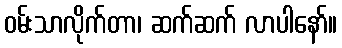
ဝမ်းသာလိုက်တာ၊ ဆက်ဆက် လာပါနော်။